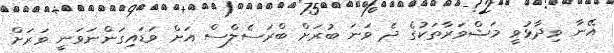
އޭނާ ވިދާޅުވީ މަޝްވަރާތަކުގެ ދެ ވަނަ ބުރަށް ބްރަސެލްސް އަށް ވަޑައިގަންނަވަނީ ވަރަށް